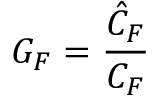
G _ { F } = \frac { \hat { C } _ { F } } { C _ { F } }